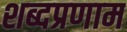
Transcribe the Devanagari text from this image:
शब्दप्रणाम